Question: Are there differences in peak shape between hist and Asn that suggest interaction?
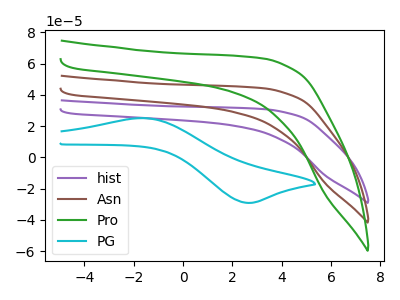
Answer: <think>The purple curve "hist" has no peaks. The brown curve "Asn" has no peaks. The green curve "Pro" has no peaks. The cyan curve "PG" has an anodic peak at (-1.65V, 25.05uA) and a cathodic peak at (2.75V, -29.15uA).
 Neither "hist" or "Asn" have any peaks.</think>
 <answer>No, "hist" and "Asn" don't appear to be significantly different in shape</answer>
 <eval>no_change</eval>